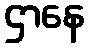
ဌာနေ